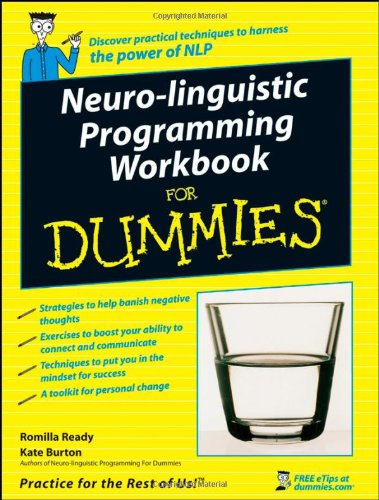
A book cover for Neuro-Linguistic Programming Workbook For Dummies; Romilla Ready; Self-Help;